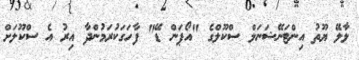
ލާލޭ ޔޫތު އިންޓަނޭޝަނަލް ސްކޫލްގެ "އޯޕަން ޑޭ" ފާހަގަކުރަމުންދާ އިރު އެ ސްކޫލަށް